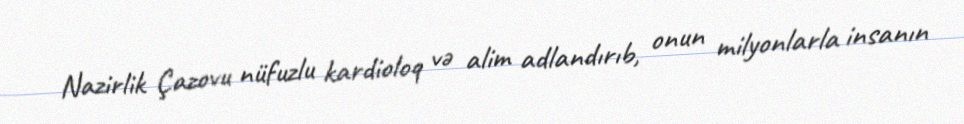
Nazirlik Çazovu nüfuzlu kardioloq və alim adlandırıb, onun milyonlarla insanın